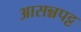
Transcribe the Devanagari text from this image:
आसन्नपट्ट